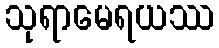
သုရာမေရယဿ